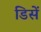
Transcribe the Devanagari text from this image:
डिसें